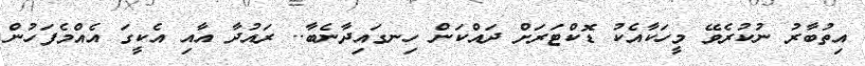
އިތުބާރު ނުކުރެވޭ މީހަކާއެކު ޑޮކްޓަރަށް ދައްކަން ހިނގައިދާނެބާ.. ރައުދާ އާާއި އެކީގަ އެއްމެފަހުން